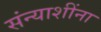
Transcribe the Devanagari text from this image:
संन्याशींना